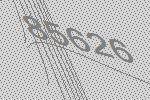
85626